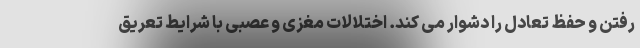
رفتن و حفظ تعادل را دشوار می کند. اختلالات مغزی و عصبی با شرایط تعریق